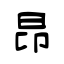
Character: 昂